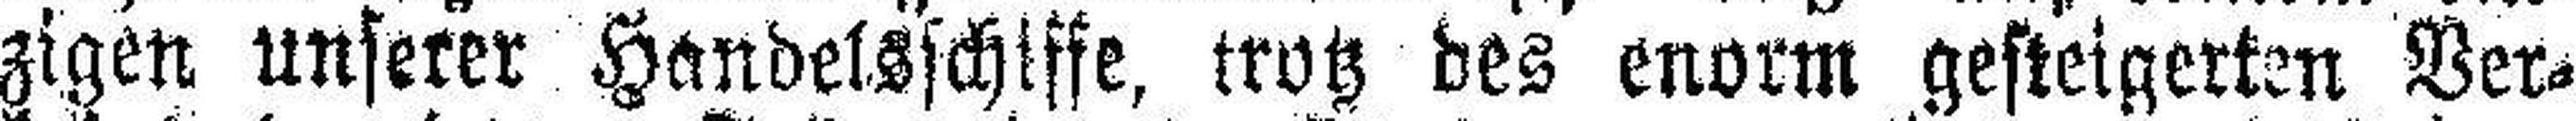
zigen unserer Handelsschiffe, trotz des enorm gesteigerten Ver¬